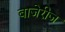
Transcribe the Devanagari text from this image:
बाजेरीज